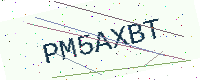
Text: PM5AXBT